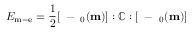
E _ { \mathrm { m - e } } = { \frac { 1 } { 2 } } [ \mathbf { \varepsilon } - \mathbf { \varepsilon } _ { 0 } ( \mathbf { m } ) ] : \mathbb { C } : [ \mathbf { \varepsilon } - \mathbf { \varepsilon } _ { 0 } ( \mathbf { m } ) ]